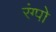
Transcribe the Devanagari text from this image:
रंग्पो